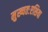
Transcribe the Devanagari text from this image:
मुख्यतःएशिया